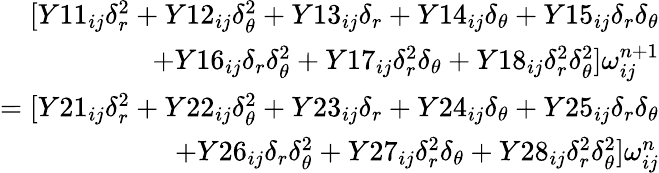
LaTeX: \begin{array}{r}{[Y11_{ij}\delta_{r}^{2}+Y12_{ij}\delta_{\theta}^{2}+Y13_{ij}\delta_{r}+Y14_{ij}\delta_{\theta}+Y15_{ij}\delta_{r}\delta_{\theta}}\\ {+Y16_{ij}\delta_{r}\delta_{\theta}^{2}+Y17_{ij}\delta_{r}^{2}\delta_{\theta}+Y18_{ij}\delta_{r}^{2}\delta_{\theta}^{2}]\omega_{ij}^{n+1}}\\ {=[Y21_{ij}\delta_{r}^{2}+Y22_{ij}\delta_{\theta}^{2}+Y23_{ij}\delta_{r}+Y24_{ij}\delta_{\theta}+Y25_{ij}\delta_{r}\delta_{\theta}}\\ {+Y26_{ij}\delta_{r}\delta_{\theta}^{2}+Y27_{ij}\delta_{r}^{2}\delta_{\theta}+Y28_{ij}\delta_{r}^{2}\delta_{\theta}^{2}]\omega_{ij}^{n}}\end{array}